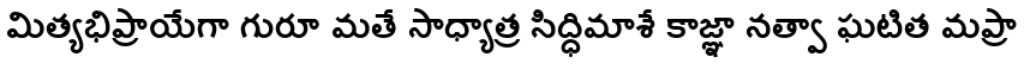
మిత్యభిప్రాయేగా గురూ మతే సాధ్యాత్ర సిద్ధిమాశే కాజ్ఞా నత్వా ఘటిత మప్రా